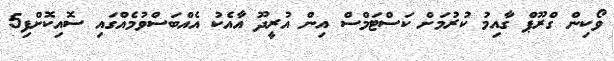
ވޯކިން ގްރޫޕް ގާއިމު ކުރުމަށް ކަސްޓަމްސް އިން އުރީދޫ އާއެކު އެއްބަސްވުމެއްގައި ސޮއިކޮށްފި5